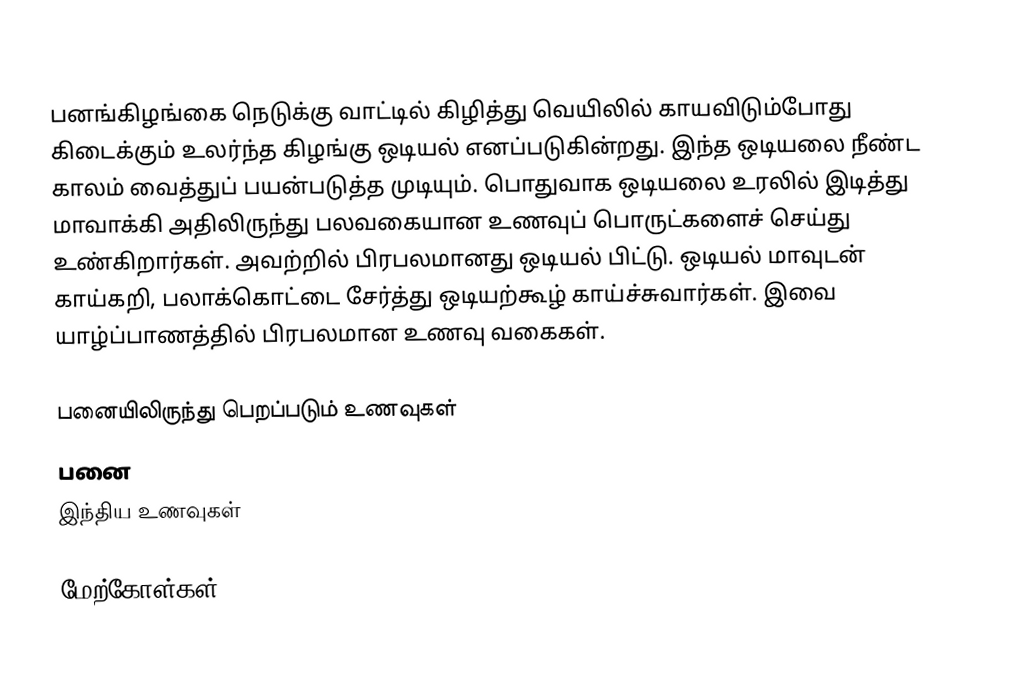
பனங்கிழங்கை நெடுக்கு வாட்டில் கிழித்து வெயிலில் காயவிடும்போது கிடைக்கும் உலர்ந்த கிழங்கு ஒடியல் எனப்படுகின்றது. இந்த ஒடியலை நீண்ட காலம் வைத்துப் பயன்படுத்த முடியும். பொதுவாக ஒடியலை உரலில் இடித்து மாவாக்கி அதிலிருந்து பலவகையான உணவுப் பொருட்களைச் செய்து உண்கிறார்கள். அவற்றில் பிரபலமானது ஒடியல் பிட்டு. ஒடியல் மாவுடன் காய்கறி, பலாக்கொட்டை சேர்த்து ஒடியற்கூழ் காய்ச்சுவார்கள். இவை யாழ்ப்பாணத்தில் பிரபலமான உணவு வகைகள்.

பனையிலிருந்து பெறப்படும் உணவுகள்
பனை
இந்திய உணவுகள்

மேற்கோள்கள்